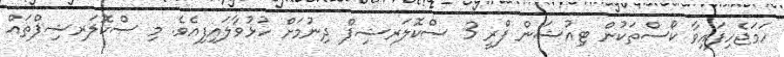
ހަމަޖެހިފައިވާ ކޯސްތަކުން ޓިއުޝަން ފްރީ 3 ސްކޮލަރޝިޕް ދިނުމަށް ހުޅުވާލައިފިއެވެ. މި ސްކޮލަރޝިޕްތައް